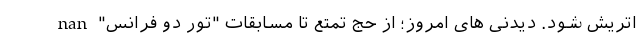
اتریش شود. دیدنی های امروز؛ از حج تمتع تا مسابقات "تور دو فرانس" nan